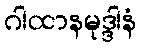
ဂါထာနမုဒ္ဒါနံ